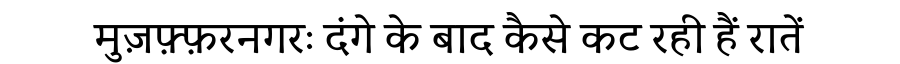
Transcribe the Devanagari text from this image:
मुज़फ़्फ़रनगरः दंगे के बाद कैसे कट रही हैं रातें